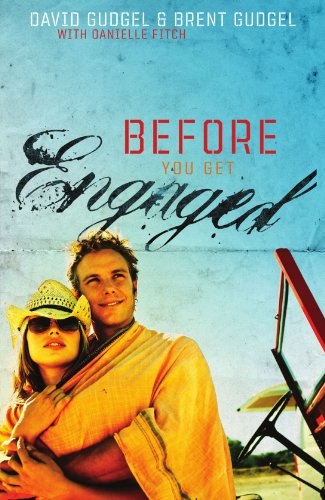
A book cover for Before You Get Engaged; Dr. David Gudgel; Self-Help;